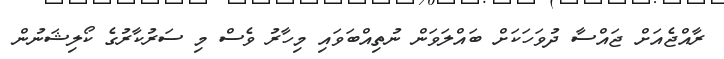
ރާއްޖެއަށް ޖައްސާ ދުވަހަކަށް ބައްލަވަން ނުތިއްބަވައި މިހާރު ވެސް މި ސަރުކާރުގެ ކޯލިޝަނުން